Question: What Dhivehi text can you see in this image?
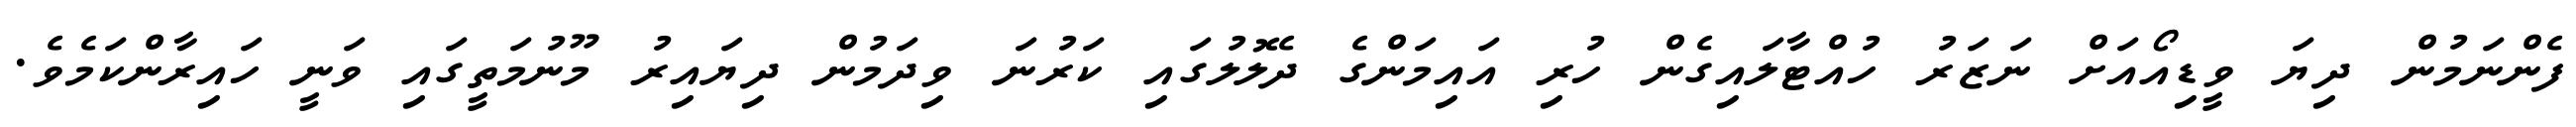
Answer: ފެންނަމުން ދިޔަ ވީޑިއޯއަށް ނަޒަރު ހުއްޓާލައިގެން ހުރި އައިމަންގެ ދެލޮލުގައި ކަރުނަ ވިދަމުން ދިޔައިރު މޫނުމަތީގައި ވަނީ ހައިރާންކަމެވެ.